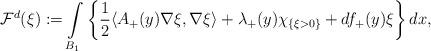
LaTeX: \begin{align*} \mathcal{F}^{d}(\xi): = \int\limits_{B_1} \left \{ \dfrac{1}{2} \langle A_+(y) \nabla \xi, \nabla \xi \rangle + \lambda_{+}(y) \chi_{\{\xi > 0\}} + d f_{+}(y)\xi \right \}dx, \end{align*}